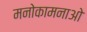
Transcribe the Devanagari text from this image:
मनोकामनाओ